Indian journal of veterinary science and animal husbandry - Volumes 15-17, 1948-1951
Year: 1948
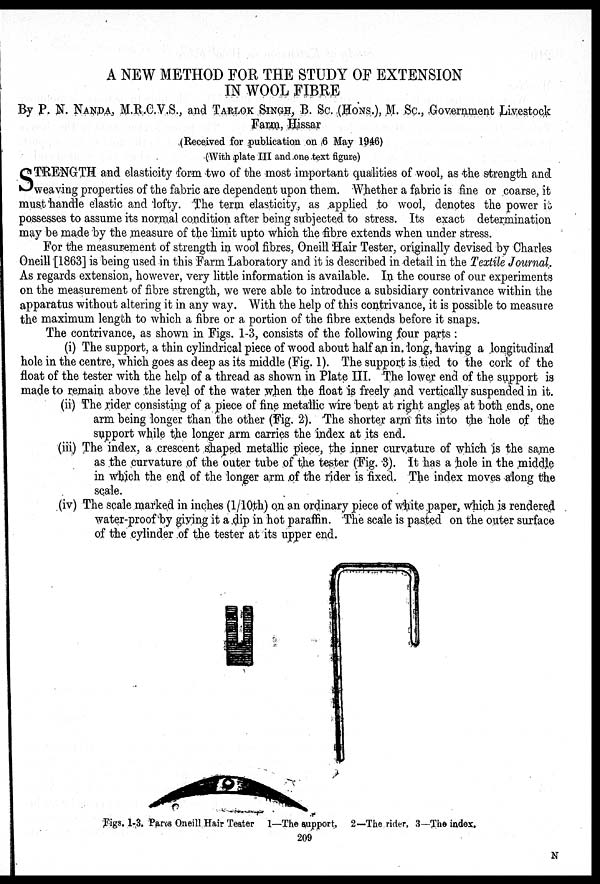
A NEW METHOD FOR THE STUDY OF EXTENSION
IN WOOL FIBRE
By P. N. NANDA, M.R.C.V.S., and TARLOK SINGH, B. Sc. (HONS.), M. Sc., Government Livestock
Farm, Hissar
(Received for publication on 6 May 1946)
(With plate III and one text figure)
S TRENGTH and elasticity form two of the most important qualities of wool, as the strength and
weaving properties of the fabric are dependent upon them. Whether a fabric is fine or coarse, it
must handle elastic and lofty. The term elasticity, as applied to wool, denotes the power is
possesses to assume its normal condition after being subjected to stress. Its exact determination
may be made by the measure of the limit upto which the fibre extends when under stress.
For the measurement of strength in wool fibres, Oneill Hair Tester, originally devised by Charles
Oneill [1863] is being used in this Farm Laboratory and it is described in detail in the Textile Journal.
As regards extension, however, very little information is available. In the course of our experiments
on the measurement of fibre strength, we were able to introduce a subsidiary contrivance within the
apparatus without altering it in any way. With the help of this contrivance, it is possible to measure
the maximum length to which a fibre or a portion of the fibre extends before it snaps.
The contrivance, as shown in Figs. 1-3, consists of the following four parts:
(i) The support, a thin cylindrical piece of wood about half an in. long, having a longitudinal
hole in the centre, which goes as deep as its middle (Fig. 1). The support is tied to the cork of the
float of the tester with the help of a thread as shown in Plate III. The lower end of the support is
made to remain above the level of the water when the float is freely and vertically suspended in it.
(ii) The rider consisting of a piece of fine metallic wire bent at right angles at both ends, one
arm being longer than the other (Fig. 2). The shorter arm fits into the hole of the
support while the longer arm carries the index at its end.
(iii) The index, a crescent shaped metallic piece, the inner curvature of which is the same
as the curvature of the outer tube of the tester (Fig. 3). It has a hole in the middle
in which the end of the longer arm of the rider is fixed. The index moves along the
scale.
(iv) The scale marked in inches (1/10th) on an ordinary piece of white paper, which is rendered
water-proof by giving it a dip in hot paraffin. The scale is pasted on the outer surface
of the cylinder of the tester at its upper end.
Figs. 1-3. Parts Oneill Hair Tester 1—The support, 2—The rider, 3—The index.
209
N